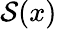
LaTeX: \mathcal{S}(x)